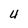
Character: 4